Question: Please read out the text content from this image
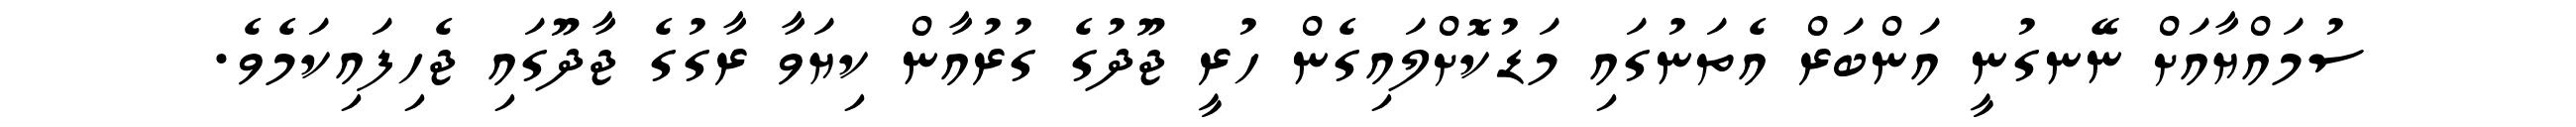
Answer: ސުމައްޔާއަށް ނޭނގުނީ އަންބަރް އެތަނުގައި މަޑުކޮށްލައިގެން ހުރީ ޖޫދުގެ ގުރުއާން ކިޔަވާ ރާގުގެ ޖާދޫގައި ޖެހިފައިކަމެވެ.